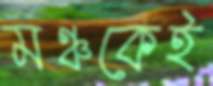
মঞ্চকেই